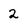
Character: 2